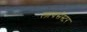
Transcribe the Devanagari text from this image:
लायसेस्टर